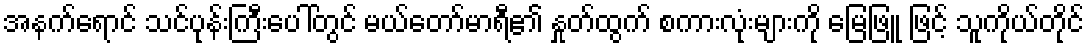
အနက်ရောင် သင်ပုန်းကြီးပေါ်တွင် မယ်တော်မာရီ၏ နှုတ်ထွက် စကားလုံးများကို မြေဖြူ ဖြင့် သူကိုယ်တိုင်